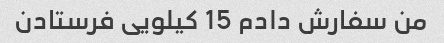
من سفارش دادم 15 کیلویی فرستادن